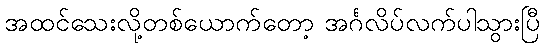
အထင်သေးလို့တစ်ယောက်တော့ အင်္ဂလိပ်လက်ပါသွားပြီ